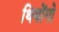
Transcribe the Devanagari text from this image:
थियोंगो